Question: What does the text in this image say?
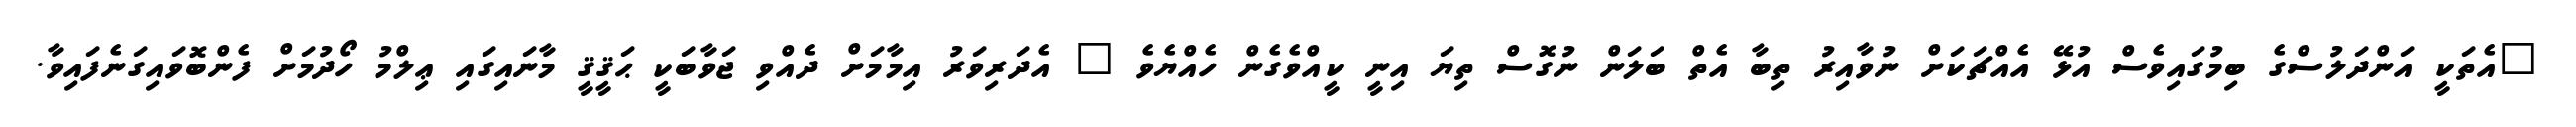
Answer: "އެތަކީ އަންދަލުސްގެ ބިމުގައިވެސް އުޅޭ އެއްޗަކަށް ނުވާއިރު ތިބާ އެތް ބަލަން ނުގޮސް ތިޔަ އިނީ ކީއްވެގެން ހެއްޔެވެ " އެދަރިވަރު އިމާމަށް ދެއްވި ޖަވާބަކީ ޙަޤީޤީ މާނައިގައި ޢިލްމު ހޯދުމަށް ފެންބޮވައިގަނެފައިވާ.